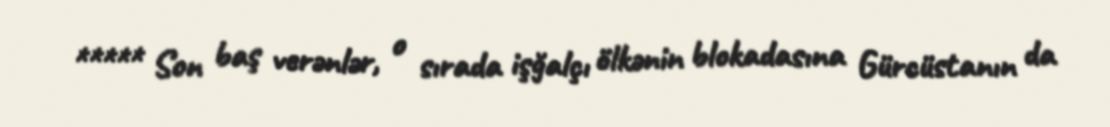
***** Son baş verənlər, o sırada işğalçı ölkənin blokadasına Gürcüstanın da